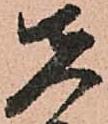
先